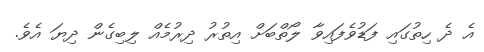
އެ ދެ ހިތުގައި ފަޑުވެފައިވާ ލޯތްބަށް އިތުރު ދިރުމެއް ލިބިގެން ދިޔަ އެވެ.